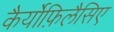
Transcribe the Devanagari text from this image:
कैर्योफ़िलैसिए